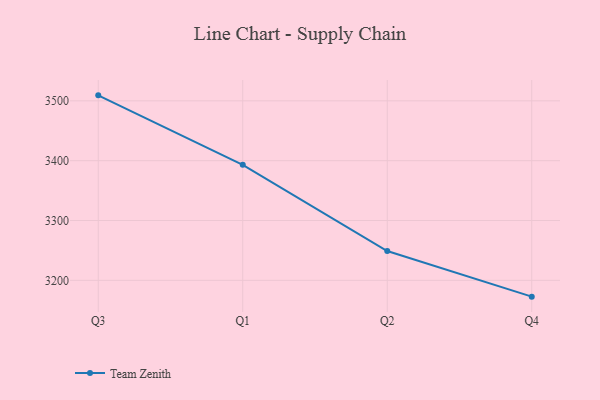
{"axis": {"x": "Quarter", "y": "Net Income (USD K)"}, "legend": ["Team Zenith"], "data": [{"x": "Q3", "y": 3509.2, "type": "Team Zenith"}, {"x": "Q1", "y": 3393.0, "type": "Team Zenith"}, {"x": "Q2", "y": 3248.9, "type": "Team Zenith"}, {"x": "Q4", "y": 3172.7, "type": "Team Zenith"}]}